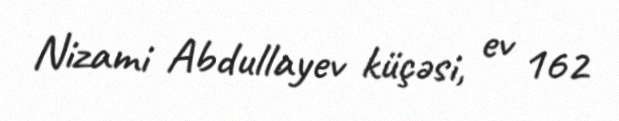
Nizami Abdullayev küçəsi, ev 162